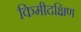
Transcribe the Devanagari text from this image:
किमीदक्षिण